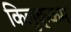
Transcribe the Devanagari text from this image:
किलुक्कम